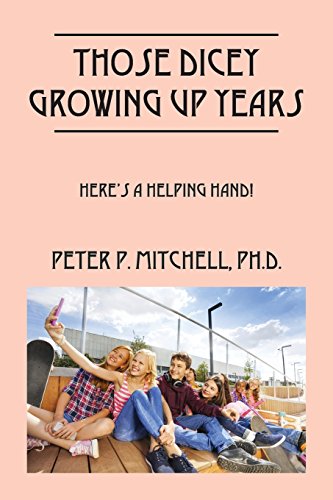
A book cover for Those Dicey Growing Up Years: Here's a Helping Hand!; Peter P. Mitchell Ph.D.; Teen & Young Adult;